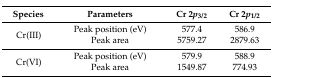
| Species | Parameters | Cr 2p3/2 | Cr 2p1/2 |
 | --- | --- | --- | --- |
 | <ROWSPAN=2> Cr(III) | Peak position (eV) | 577.4 | 586.9 |
 | Peak area | 5759.27 | 2879.63 |
 | <ROWSPAN=2> Cr(VI) | Peak position (eV) | 579.9 | 588.9 |
 | Peak area | 1549.87 | 774.93 |